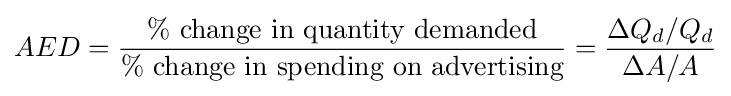
AED={\frac {\%\ {\mbox{change in quantity demanded}}}{\%\ {\mbox{change in spending on advertising}}}}={\frac {\Delta Q_{d}/Q_{d}}{\Delta A/A}}